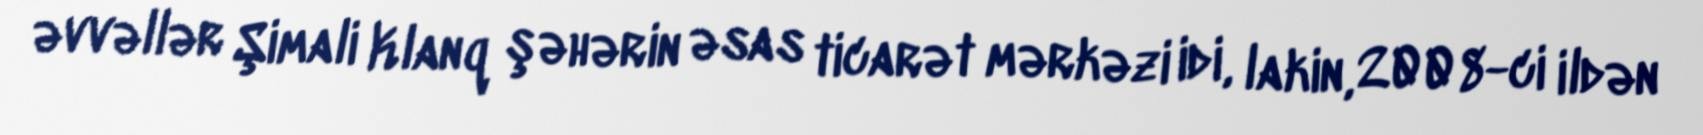
əvvəllər Şimali Klanq şəhərin əsas ticarət mərkəzi idi, lakin, 2008-ci ildən